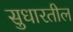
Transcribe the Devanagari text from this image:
सुधारतील